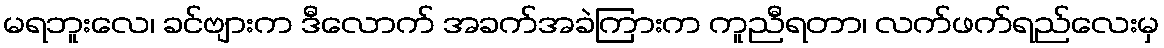
မရဘူးလေ၊ ခင်ဗျားက ဒီလောက် အခက်အခဲကြားက ကူညီရတာ၊ လက်ဖက်ရည်လေးမှ